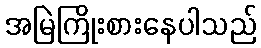
အမြဲကြိုးစားနေပါသည်